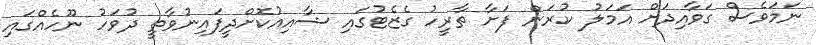
ނަމަވެސް ގަވާއިދަށް އަމަލު ކުރަން ފަށާ ތާރީހު ގެޒެޓުގައި ޝާއިއުކޮށްދީފައިނުވާތީ ދުވަހު ނޫހެއްގައި